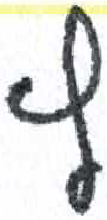
אות: ץ